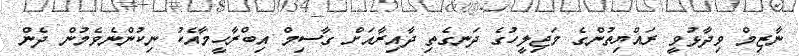
ނާޒިމް ވިދާޅުވީ ރައްޔިތުންގެ މަޖިލީހުގެ ދަނގެތި ދާއިރާއަށް ގާސިމް އިބްރާހީމާއެކު ނިކުންނެވެމުން ދެން